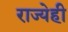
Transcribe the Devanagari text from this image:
राज्येही